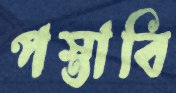
পস্তাবি